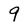
Character: 9